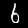
Digit: 6